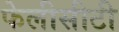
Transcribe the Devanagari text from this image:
फेलीसीटी